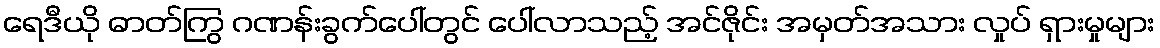
ရေဒီယို ဓာတ်ကြွ ဂဏန်းခွက်ပေါ်တွင် ပေါ်လာသည့် အင်ဇိုင်း အမှတ်အသား လှုပ် ရှားမှုများ